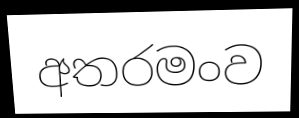
අතරමංව